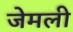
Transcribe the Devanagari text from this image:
जेमली